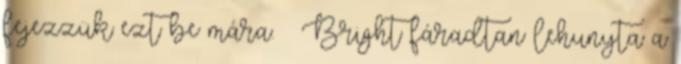
fejezzük ezt be mára. – Bright fáradtan lehunyta a